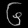
Digit: ၆